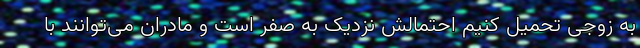
به زوجی تحمیل کنیم احتمالش نزدیک به صفر است و مادران می‌توانند با